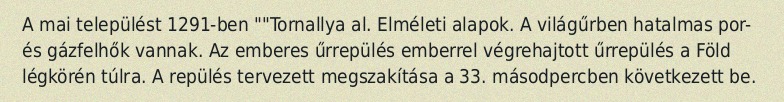
A mai települést 1291-ben ""Tornallya al. Elméleti alapok. A világűrben hatalmas por- és gázfelhők vannak. Az emberes űrrepülés emberrel végrehajtott űrrepülés a Föld légkörén túlra. A repülés tervezett megszakítása a 33. másodpercben következett be.